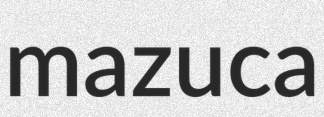
mazuca